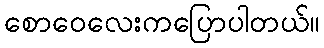
စောဝေလေးကပြောပါတယ်။